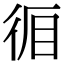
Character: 𭛪